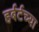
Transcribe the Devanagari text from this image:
हर्बर्टच्या